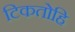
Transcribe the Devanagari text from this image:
टिकतोहि